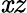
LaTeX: \mathit{x}z